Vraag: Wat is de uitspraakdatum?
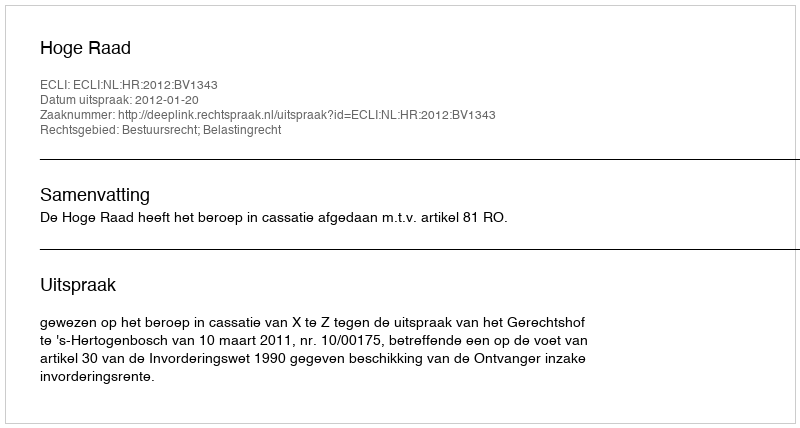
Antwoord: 2012-01-20